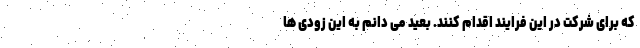
که برای شرکت در این فرایند اقدام کنند. بعید می دانم به این زودی ها